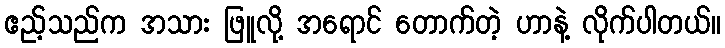
ဧည့်သည်က အသား ဖြူလို့ အရောင် တောက်တဲ့ ဟာနဲ့ လိုက်ပါတယ်။